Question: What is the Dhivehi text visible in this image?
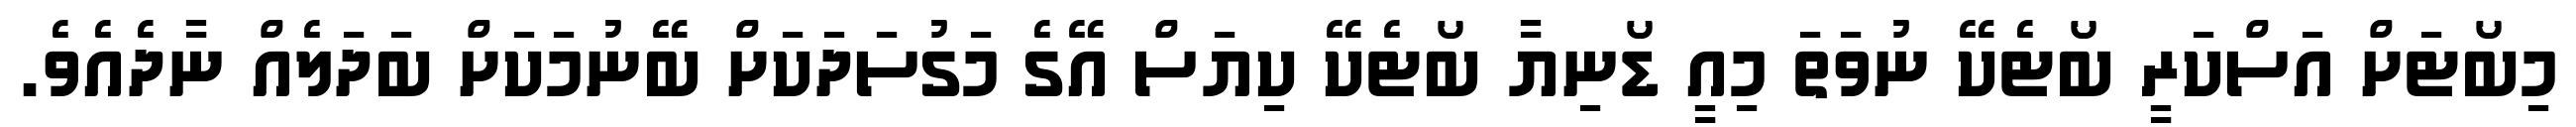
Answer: މިބޯޓަށް އަސްކަރީ ބޯޓެކޭ ނުވަތަ މިއީ ޑޯނިޔާ ބޯޓެކޭ ކިޔަސް އޭގެ މަގުސަދަކަށް ބޭނުމަކަށް ބަދަލެއް ނާދެއެވެ.